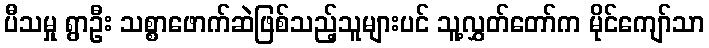
ပီသမှု ရွာဦး သစ္စာဖောက်ဆဲဖြစ်သည့်သူများပင် သူ့လွှတ်တော်က မိုင်ကျော်သာ